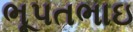
ભૂપતભાઇ